Vaccination United Provinces of Agra and Oudh 1902-1913 - 1902-1913
Year: 1902
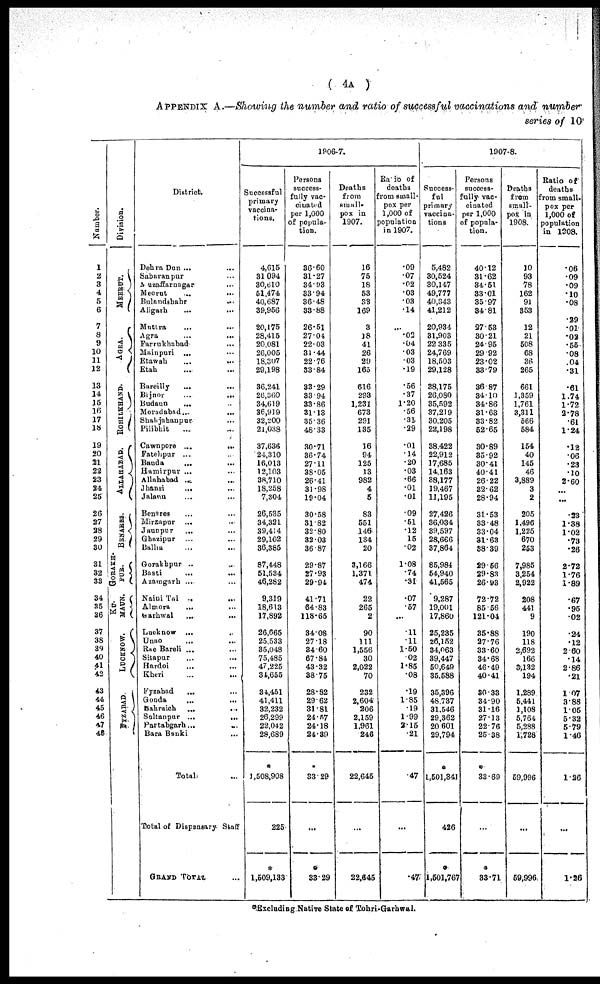
( 4A )
APPENDIX A.—Showing the number and ratio of successful vaccinations and number
series of 10
Number.
1
2
3
4
5
6
7
8
9
10
11
12
13
14
15
16
17
18
19
20
21
22
23
24
25
26
27
28
29
30
31
32
33
34
35
36
37
38
39
40
41
42
43
44
45
46
47
48
Division.
MEERUT.
AGRA.
ROHILKHAND.
ALLAHABAD.
BENARES.
GORAKH-
PUR.
KU-
MAUN.
LUCKNOW.
FYZABAD
District.
Dehra Dun ... ...
Saharanpur ... ...
Muzaffarnagar
...
Meerut
...
...
Bulandshahr ...
Aligarh ... ...
Muttra ... ...
Agra ... ...
Farrukhabad ...
Mainpuri ... ...
Etawah
...
...
Etah ... ...
Bareilly
...
...
Bijnor
...
...
Budaun ... ...
Moradabad
...
...
Shahjahanpur ...
Pilibhit ... ...
Cawnpore ...
...
Fatehpur ... ...
Banda ... ...
Hamirpur ... ...
Allahabad
...
...
Jhansi ... ...
Jalaun ... ...
Benares ... ...
Mirzapur ... ...
Jaunpur ... ...
Ghazipur ... ...
Balha ... ...
Gorakhpur ... ...
Basti ... ...
Azamgarh ... ...
Nairn Tal ... ...
Almora
... ...
Garhwal
...
...
Lucknow ... ...
Unao ... ...
Rae Bareli ... ...
Sitapur ... ...
Hardoi ... ...
Kheri ... ...
Fyzabad ... ...
Gonda
...
...
Bahraich
...
...
Sultanpur
...
...
Partabgarh ... ...
Bara Banki ...
Total ...
Total of Dispensary Staff
GRAND TOTAL ...
1906.7.
Successful
primary
vaccina-
tions.
4,615
31,094
30,610
51,474
40,687
39,956
20,175
28,415
20,081
26,005
18,307
29,198
36,241
26,360
34,619
36,919
32,200
21,038
37,636
24,310
16,013
12,103
38,710
18,258
7,304
26,535
34,321
39,414
29,102
36,385
87,448
51,534
46,282
9,319
18,613
17,892
26,665
25,533
35,048
75,485
47,225
31,655
34,451
41,411
32,232
26,299
22,042
29,689
*
1,508,908
225
*
1,509,133
Persons
success-
fully vac-
cinated
per 1,000
of popula-
tion.
36.60
31.27
34.93
33.94
36.48
33.88
26.51
27.04
22.03
31.44
22.76
33.84
33.29
33.94
33.86
31.13
35.36
48.33
30.71
36.74
27.11
38.05
26.41
31.98
19.04
30.58
31.82
32.80
32.03
36.87
29.87
27.93
29.94
41.71
64.83
118.65
34.08
27.18
34.60
67.84
43.32
38.76
28.32
29.62
31.81
24.57
24.18
24.39
*
33.29
...
33.29
Deaths
from
small-
pox in
1907.
16
75
18
53
38
169
3
18
41
26
29
165
616
293
1,231
673
291
135
16
94
125
13
982
4
5
83
551
146
134
20
3,166
1,371
474
22
265
2
90
111
1,556
30
2,022
70
232
2,604
206
2,159
1,961
246
22,645
...
22,645
Raio of
deaths
from small-
pox per
1,000 of
population
in 1907.
.09
.07
.02
.03
.03
.14
...
.02
.04
.03
.03
.19
.56
.37
1.20
.56
.31
.29
.01
.14
.20
.03
.66
.01
.01
.09
.51
.12
.15
.02
1.08
.74
.31
.07
.57
...
.11
.11
1.50
.02
1.85
.08
.19
1.85
.19
1.99
2.15
.21
.47
...
.47
1907-8.
Success-
ful
primary
v0ccina-
tions
6,482
30,524
30,147
49,777
40,343
41,212
20,934
31,903
22,335
24,769
18,503
29,128
38,175
26,080
35,592
37,219
30,205
22,198
38,422
22,912
17,685
14,163
38,177
19,467
11,195
27,426
36,034
89,597
28,666
37,864
85,984
54,940
41,565
9,287
19,001
17,860
25,235
26,152
34,063
39,447
50,649
35.588
35,396
48,737
31,546
29,362
20,601
29,794
*
1,501,341
426
*
1,501,767
Persons
success-
fully vac-
cinated
per 1,000
of popula-
tion.
40.12
31.62
34.51
33.01
35.97
34.81
27.53
30.21
24.95
29.92
23.02
33.79
36.87
34.10
34.86
31.63
33.82
52.65
30.89
35.92
30.41
40.41
26.22
32.62
28.94
31.53
33.48
33.04
31.63
38.39
29.66
29.83
26.93
72.72
85.56
121.04
35.88
27.76
33.60
34.68
46.49
40.41
30.33
34.90
31.16
27.13
22.76
25.88
*
33.69
...
*
33.71
Deaths
from
small-
pox in
1908.
10
93
78
162
91
353
12
21
508
68
36
265
661
1,859
1,761
3,311
566
584
154
40
145
46
3,889
3
2
205
1,496
1,225
670
263
7,985
3,254
2,922
208
441
9
190
118
2,692
166
3,132
194
1,289
5,441
1,108
5,764
5,288
1,728
59,996
...
59,996
Ratio of
deaths
from small-
pox per
1,000 of
population
in 1808.
.06
.09
.09
.10
.08
.29
.01
.02
.55
.08
.04
.31
.61
1.74
1.72
2.78
.61
1.24
.12
.06
.23
.10
2.60
...
...
.23
1.38
1.02
.73
.26
2.72
1.76
1.89
.67
.95
.02
.24
.12
2.60
.14
2.86
.21
1.07
3.88
1.05
5.32
5.79
1.46
1.26
...
1.26
*Excluding Native State of Tohri-Garhwal.